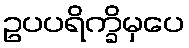
ဥပပရိက္ခိမှပေ